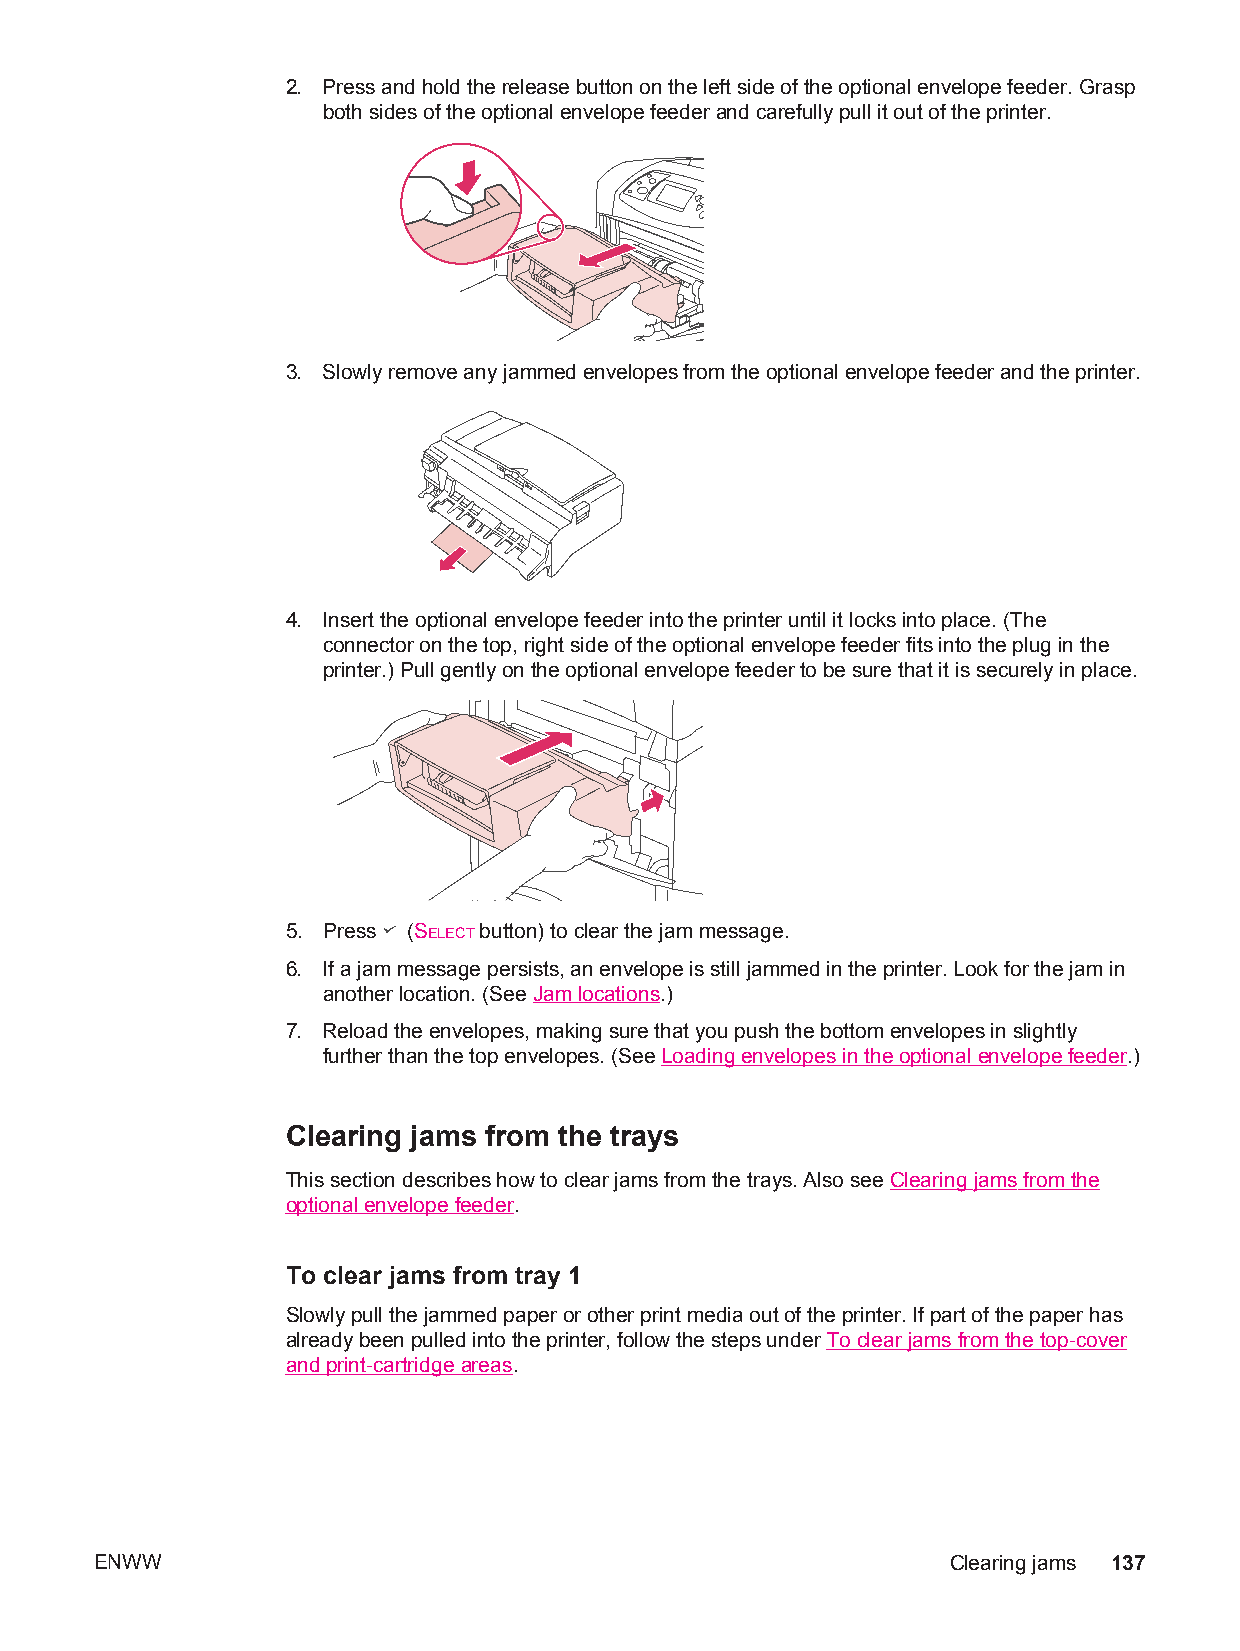
2. Press and hold the release button on the left side of the optional envelope feeder. Grasp
 both sides of the optional envelope feeder and carefully pull it out of the printer.
 3. Slowly remove any jammed envelopes from the optional envelope feeder and the printer.
 4. Insert the optional envelope feeder into the printer until it locks into place. (The
 connector on the top, right side of the optional envelope feeder fits into the plug in the
 printer.) Pull gently on the optional envelope feeder to be sure that it is securely in place.
 5. Press (SELECT button) to clear the jam message.
 6. If a jam message persists, an envelope is still jammed in the printer. Look for the jam in
 another location. (See Jam locations.)
 7. Reload the envelopes, making sure that you push the bottom envelopes in slightly
 further than the top envelopes. (See Loading envelopes in the optional envelope feeder.)
 Clearing jams from the trays
 This section describes how to clear jams from the trays. Also see Clearing jams from the
 optional envelope feeder.
 To clear jams from tray 1
 Slowly pull the jammed paper or other print media out of the printer. If part of the paper has
 already been pulled into the printer, follow the steps under To clear jams from the top-cover
 and print-cartridge areas.
 ENWW                                                     Clearing jams 137